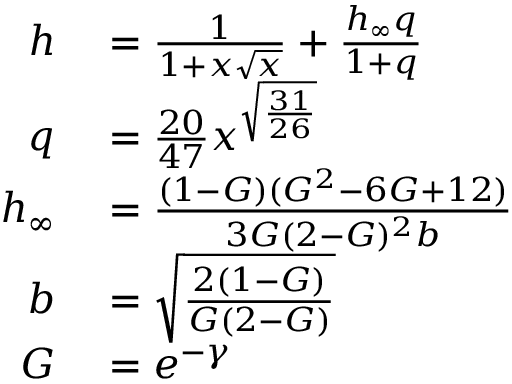
\begin{array} { r l } { h } & { { } = { \frac { 1 } { 1 + x { \sqrt { x } } } } + { \frac { h _ { \infty } q } { 1 + q } } } \\ { q } & { { } = { \frac { 2 0 } { 4 7 } } x ^ { \sqrt { \frac { 3 1 } { 2 6 } } } } \\ { h _ { \infty } } & { { } = { \frac { ( 1 - G ) ( G ^ { 2 } - 6 G + 1 2 ) } { 3 G ( 2 - G ) ^ { 2 } b } } } \\ { b } & { { } = { \sqrt { \frac { 2 ( 1 - G ) } { G ( 2 - G ) } } } } \\ { G } & { { } = e ^ { - \gamma } } \end{array}